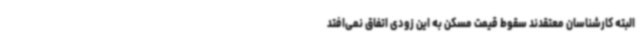
البته کارشناسان معتقدند سقوط قیمت مسکن به این زودی اتفاق نمی‌افتد